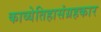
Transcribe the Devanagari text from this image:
काव्येतिहासंग्रहकार